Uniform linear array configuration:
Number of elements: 48
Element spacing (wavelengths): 1
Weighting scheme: uniform
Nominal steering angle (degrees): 30
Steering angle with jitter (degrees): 30.533
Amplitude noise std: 0.05
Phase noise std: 0.05

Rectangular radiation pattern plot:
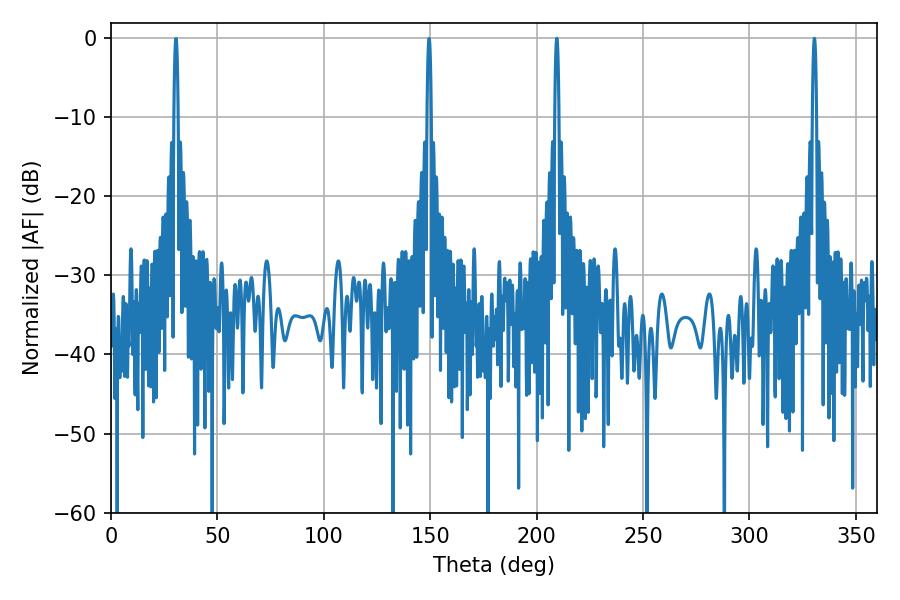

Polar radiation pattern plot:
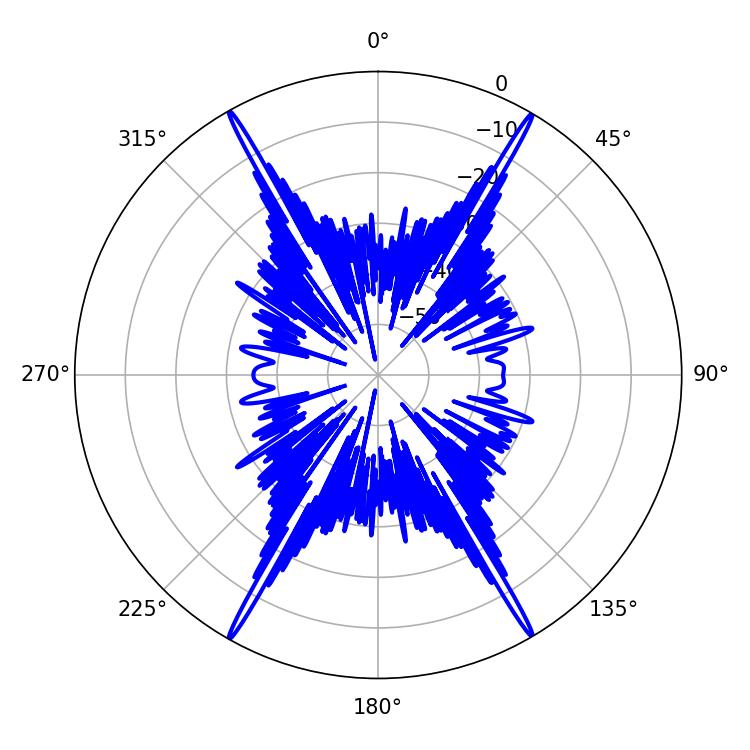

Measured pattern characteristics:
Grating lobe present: TRUE
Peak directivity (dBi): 32.331
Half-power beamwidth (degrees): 1.08
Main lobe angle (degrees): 330.48